NASA-UAP-D4, Apollo 11 Technical Crew Debriefing, 1969
Page 10
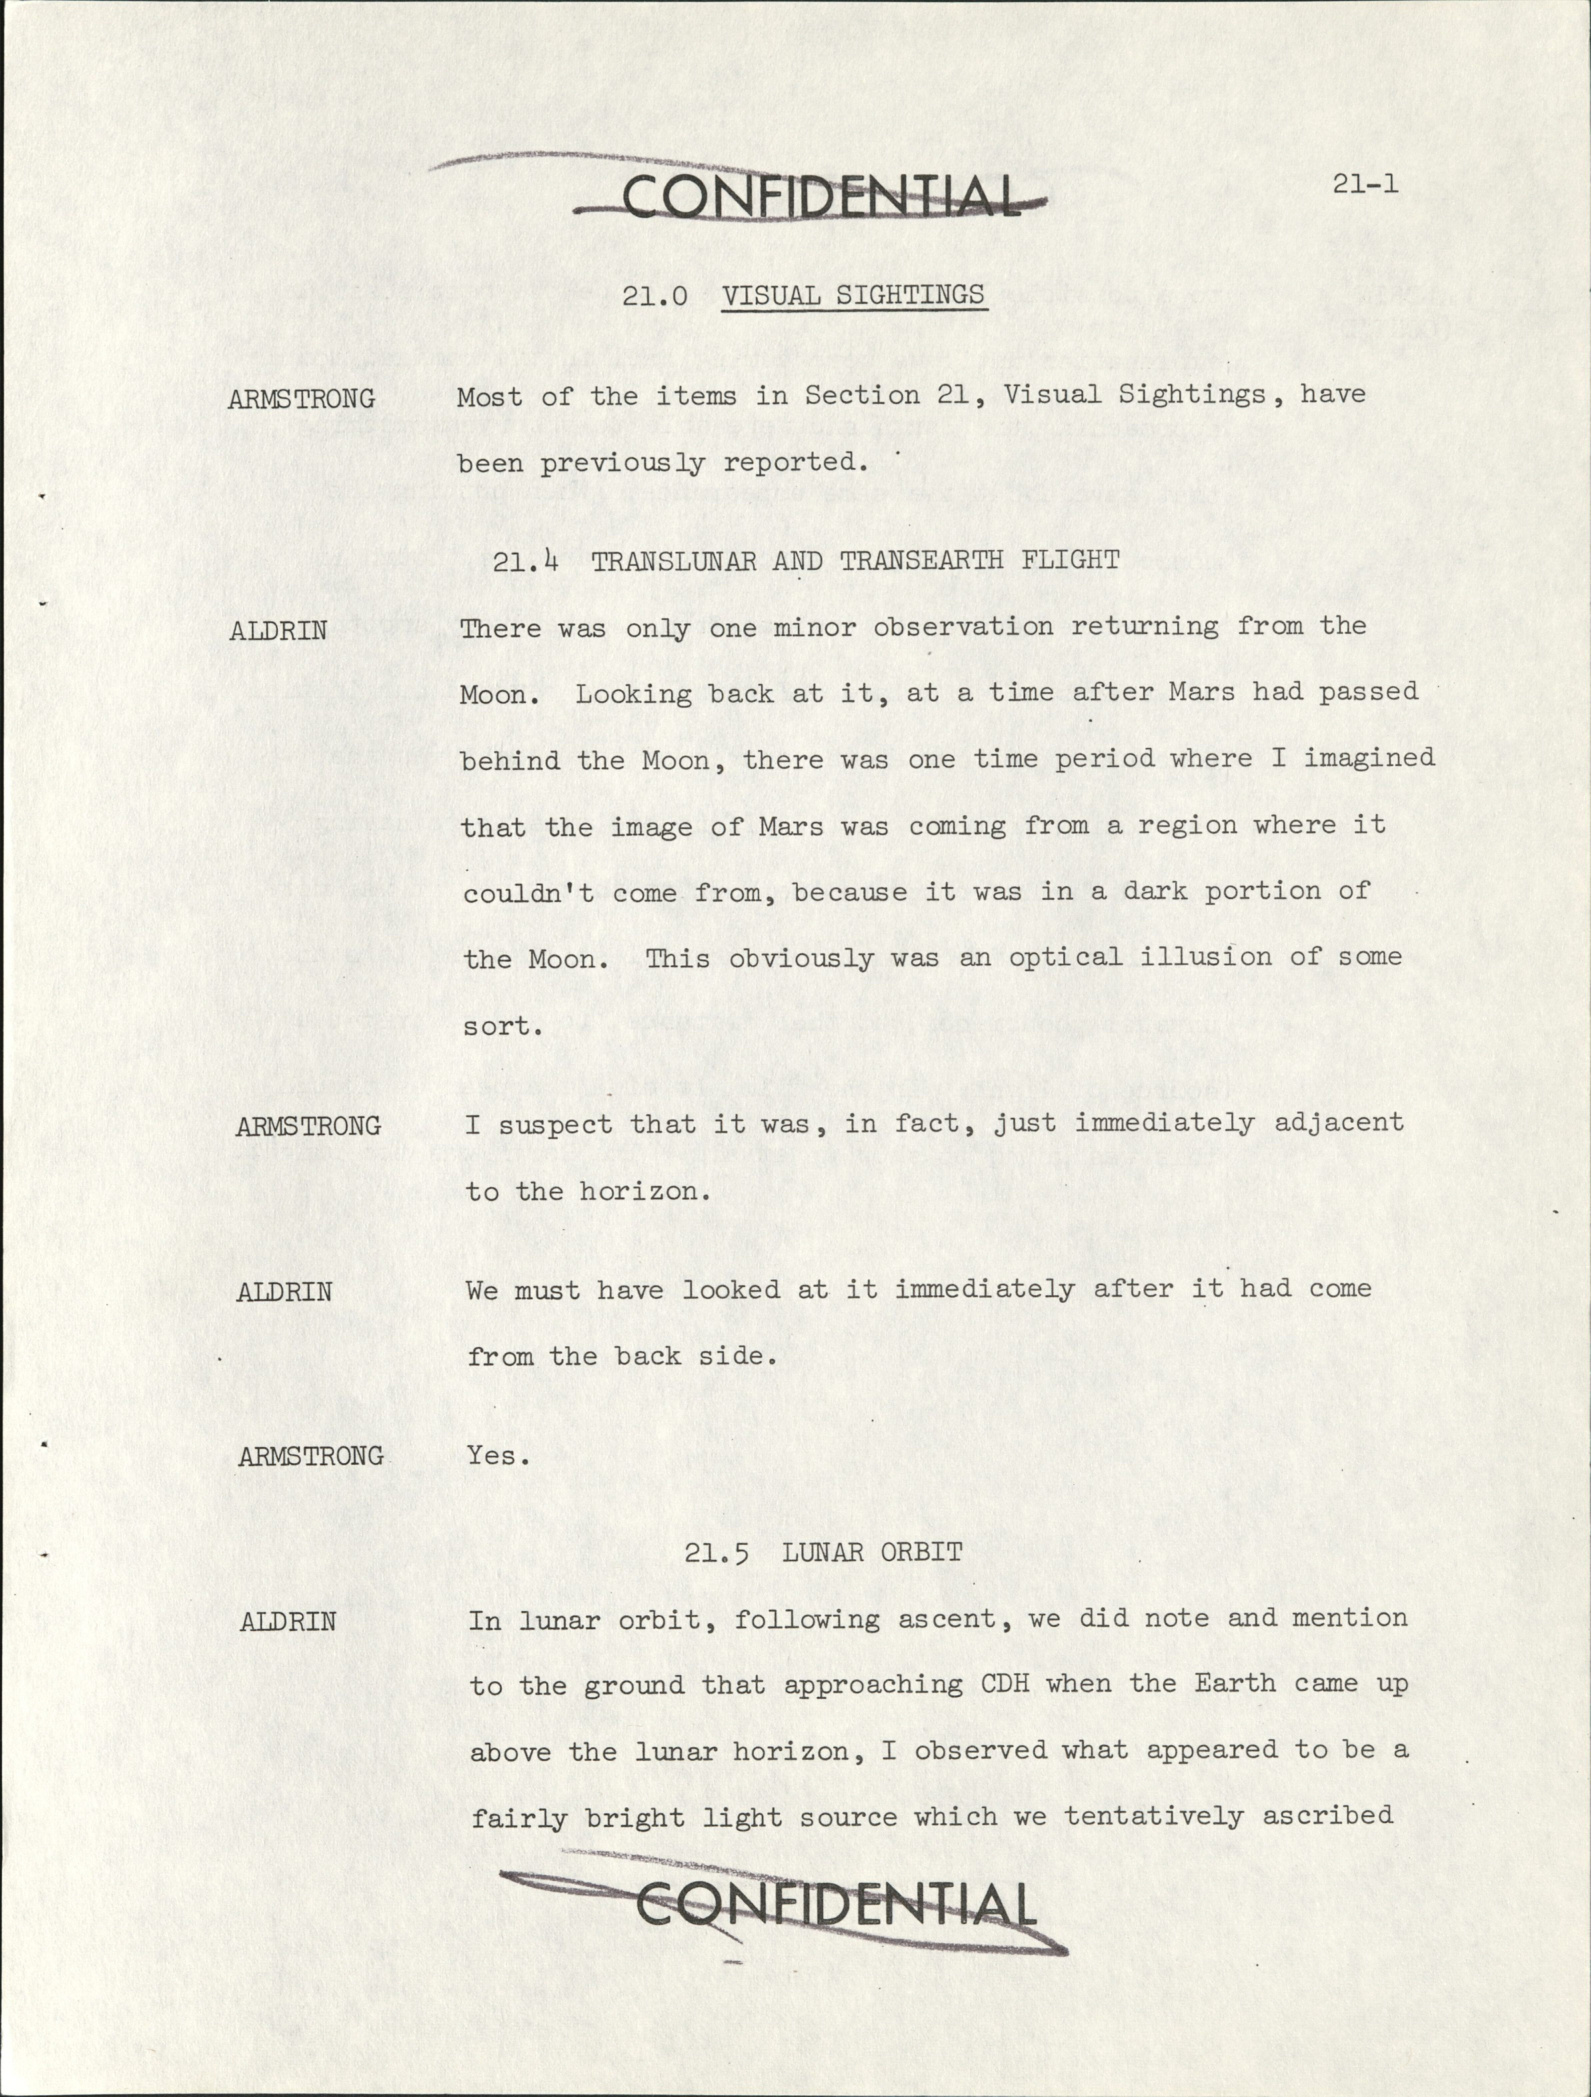